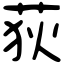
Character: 荻